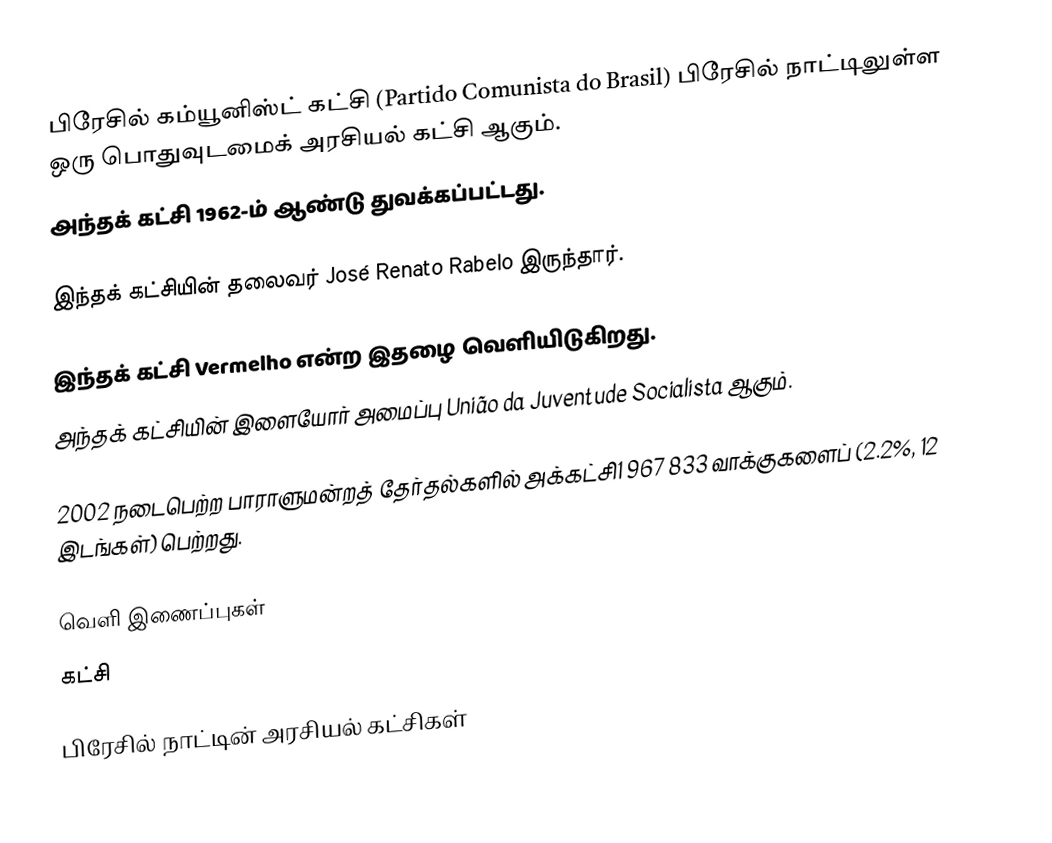
பிரேசில் கம்யூனிஸ்ட் கட்சி (Partido Comunista do Brasil) பிரேசில் நாட்டிலுள்ள ஒரு பொதுவுடமைக் அரசியல் கட்சி ஆகும்.
அந்தக் கட்சி 1962-ம் ஆண்டு துவக்கப்பட்டது.

இந்தக் கட்சியின் தலைவர் José Renato Rabelo இருந்தார்.

இந்தக் கட்சி Vermelho என்ற இதழை வெளியிடுகிறது.
அந்தக் கட்சியின் இளையோர் அமைப்பு União da Juventude Socialista ஆகும்.

2002 நடைபெற்ற பாராளுமன்றத் தேர்தல்களில் அக்கட்சி1 967 833 வாக்குகளைப் (2.2%, 12 இடங்கள்) பெற்றது.

வெளி இணைப்புகள்
கட்சி

பிரேசில் நாட்டின் அரசியல் கட்சிகள்